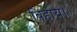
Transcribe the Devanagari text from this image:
बिहाय।